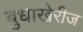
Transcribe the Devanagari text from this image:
बुधाखेरीज